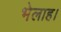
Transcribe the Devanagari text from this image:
भेलाह।